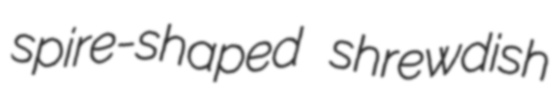
spire-shaped shrewdish